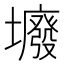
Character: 𡓊